Bréfritari: Einar Ásmundsson
Viðtakandi: Jón Borgfirðings Jónsson
Dagsetning: A-1859-02-18
Skrifað á: Nesi  S-Þing.

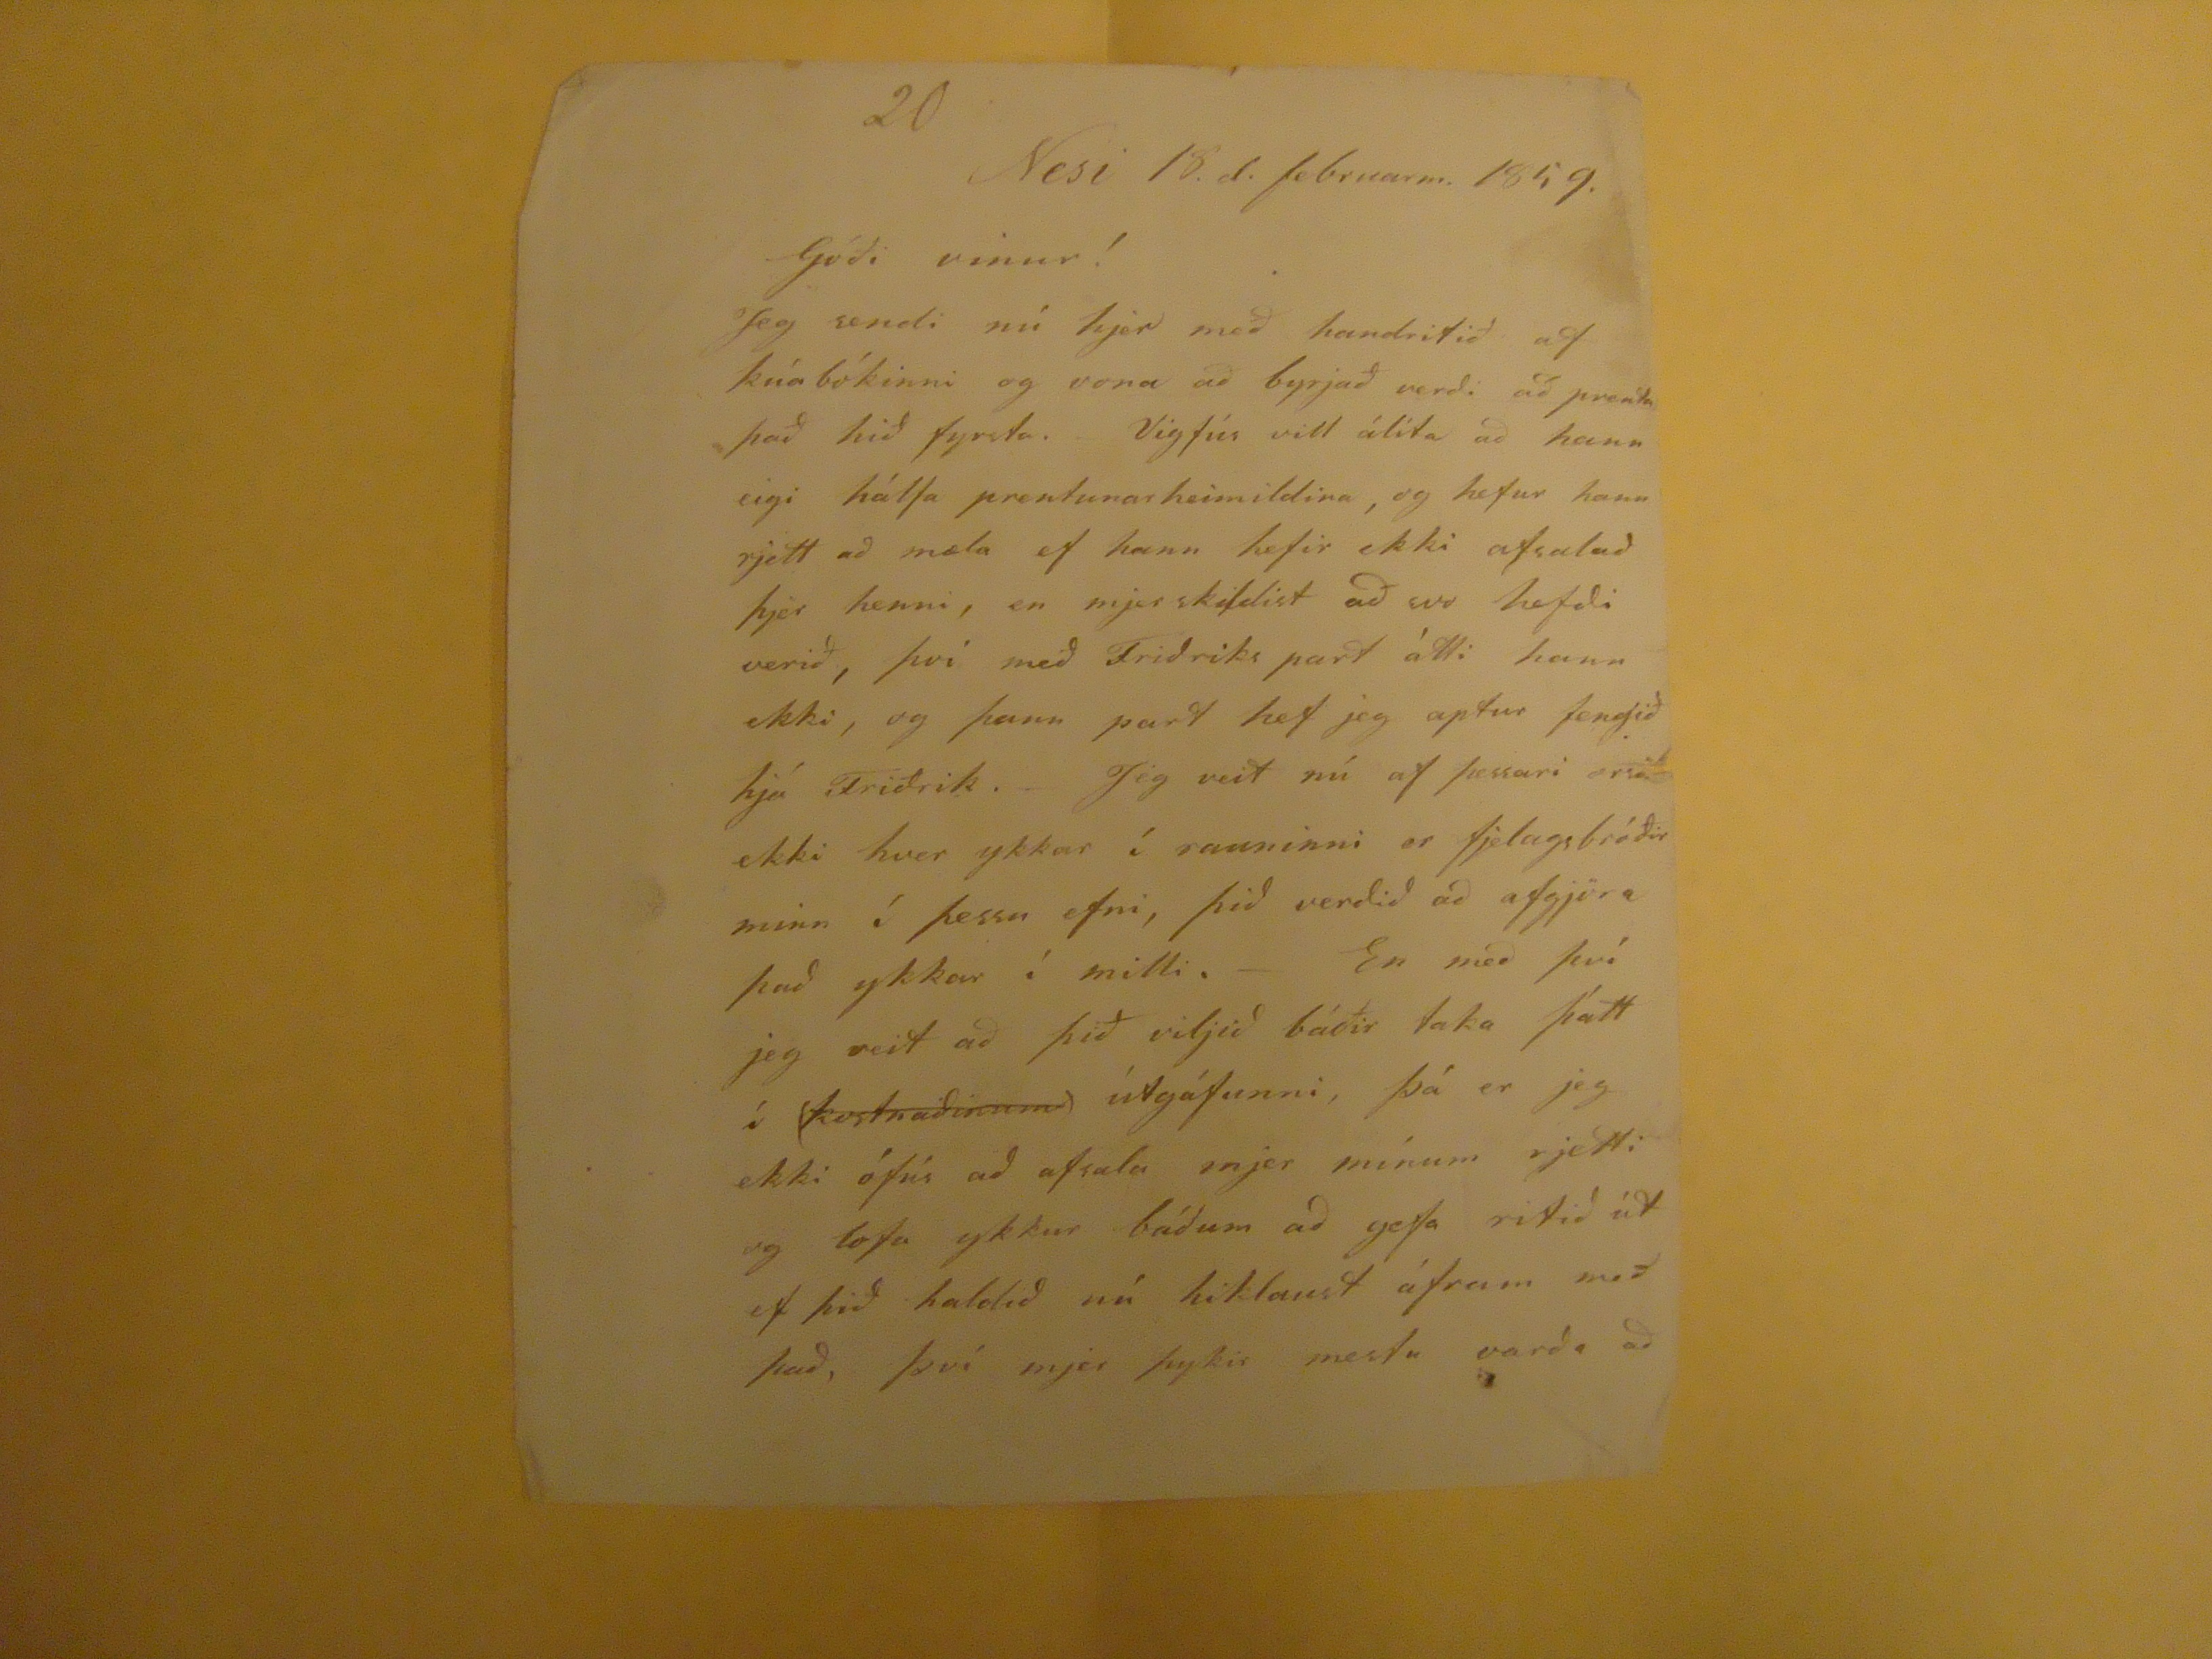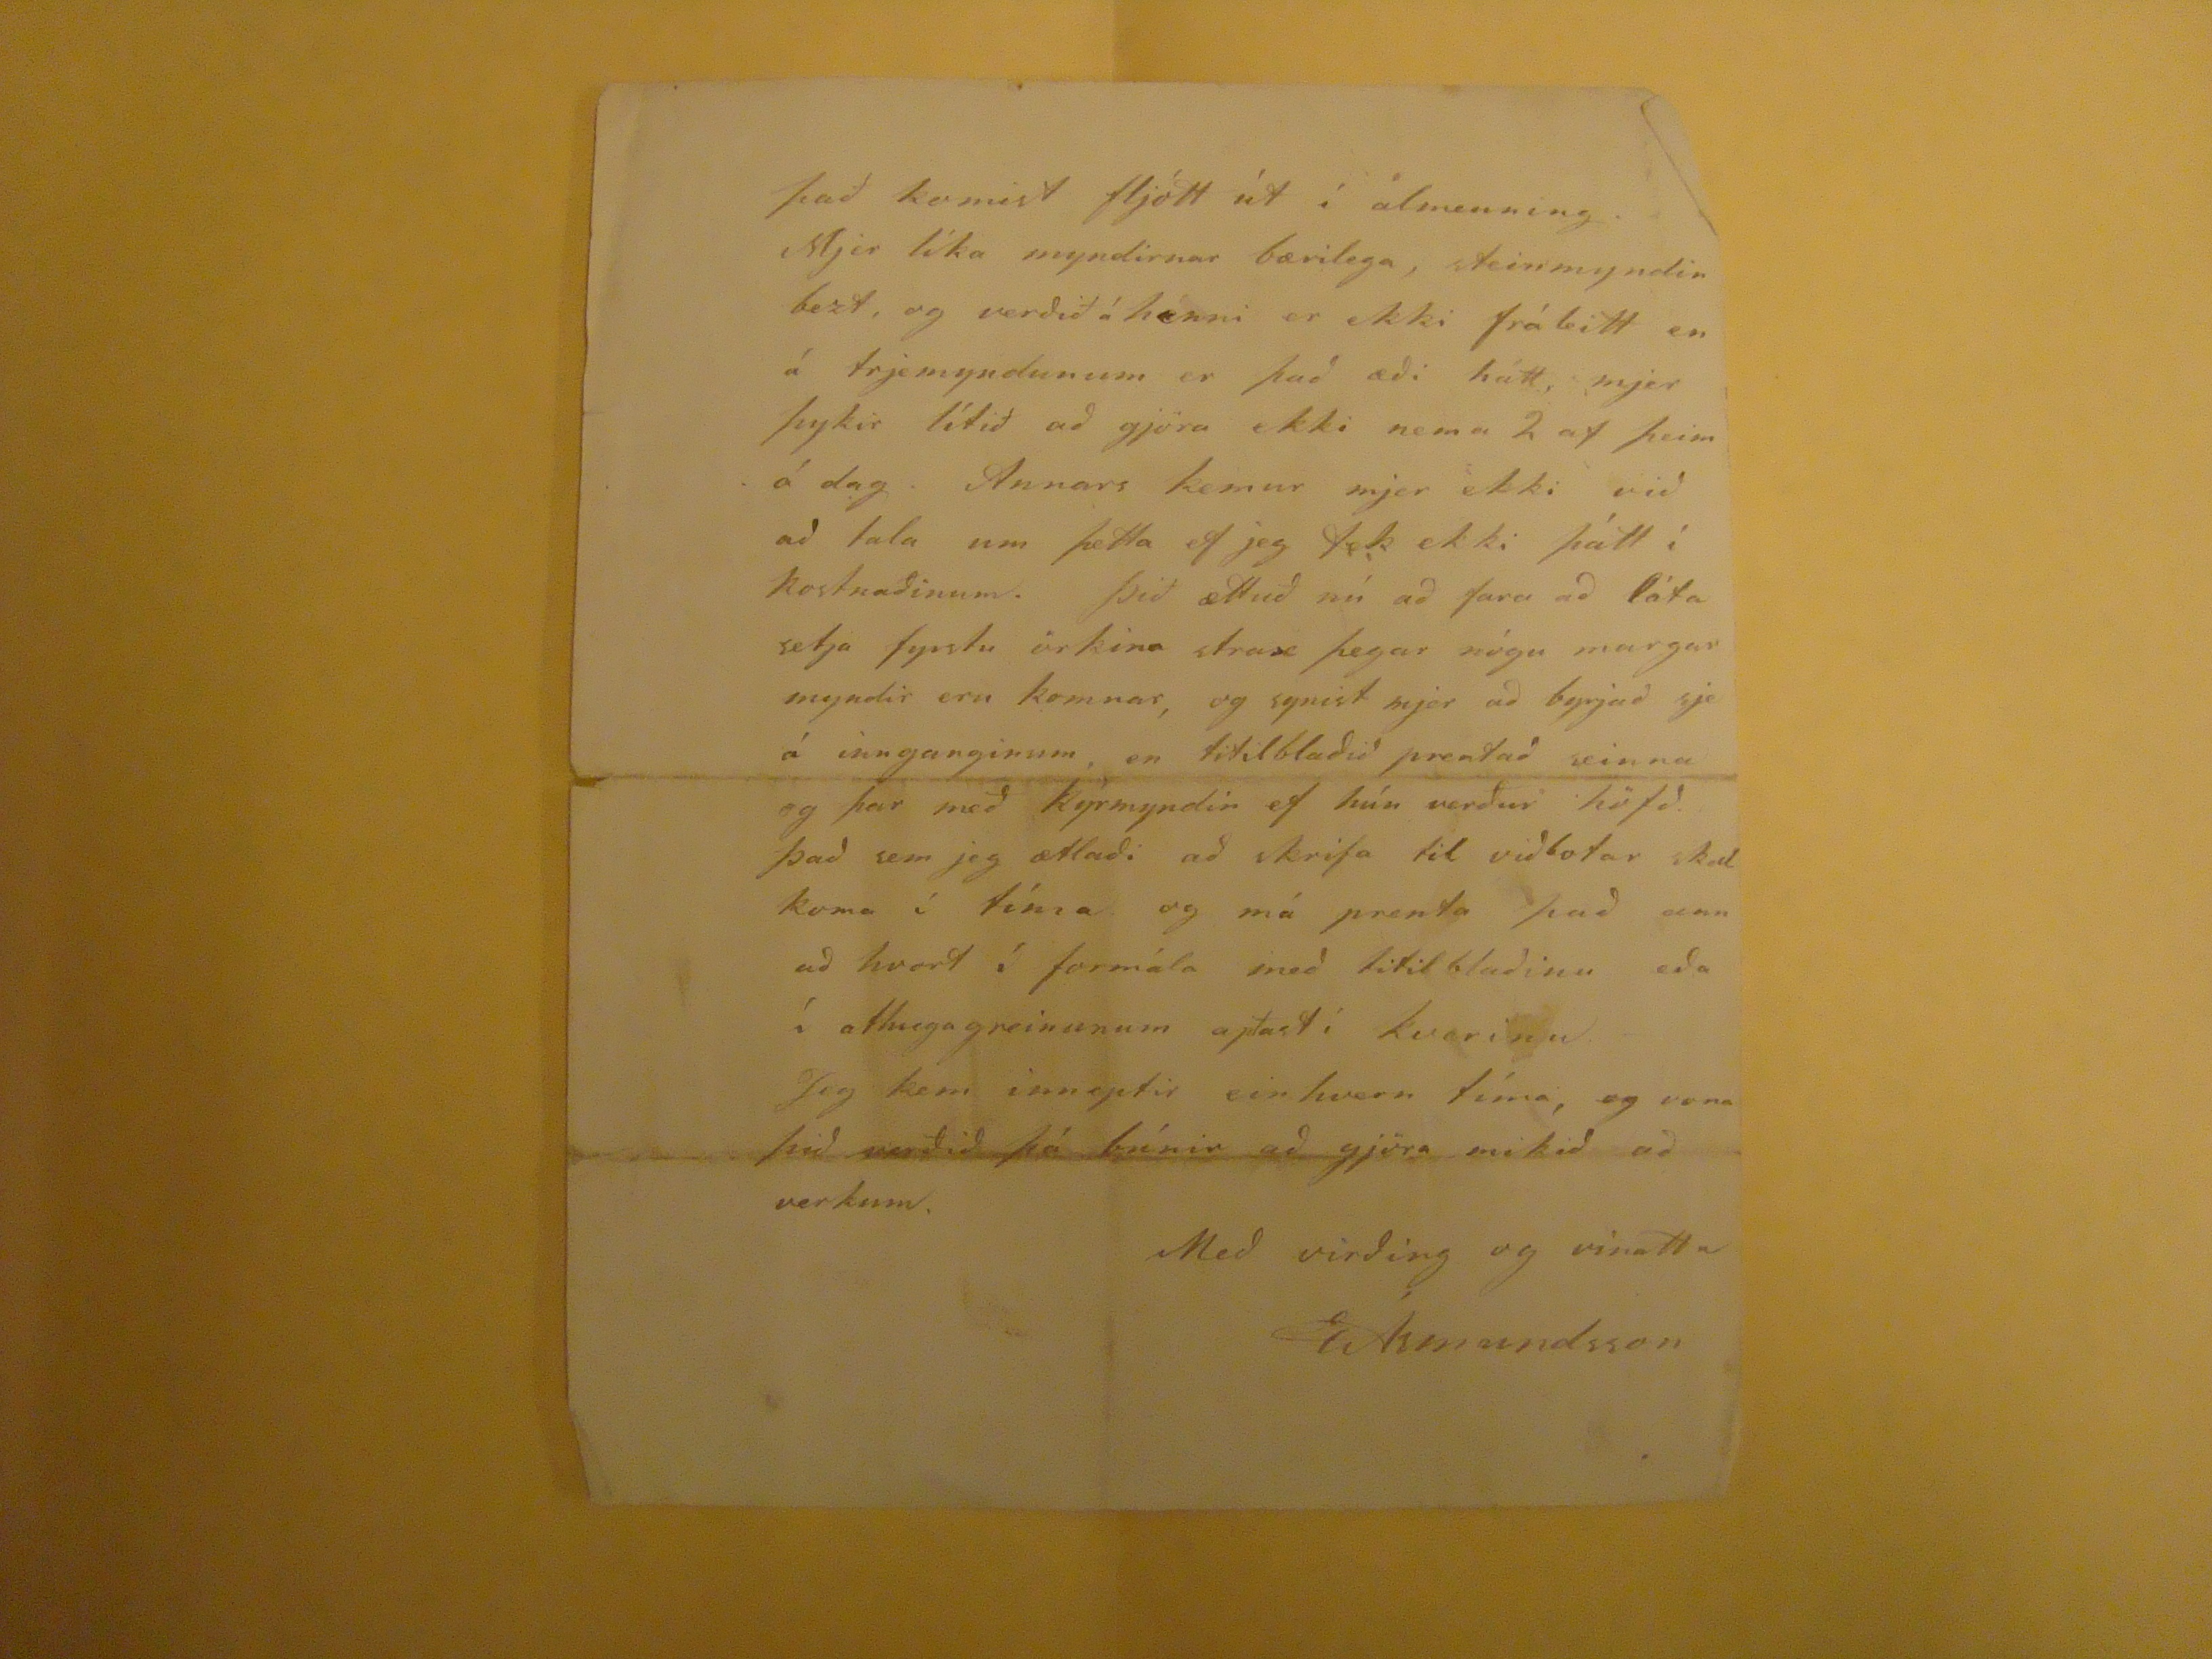

20
Nesi 18. d. februarm. 1859.
Góði vinur!
Jeg sendi nú hjer með handritið af kúabókinni og vona að byrjað verði að prenta það hið fyrsta. Vigfús vill álíta að hann eigi hálfa prentunarheimildina, og hefur hann rjett að mæla ef hann hefir ekki afsalað þjer henni, en mjer skildist að svo hefði verið, því með Friðriks part átti hann ekki, og þann part hef ejg aptur fengið hjá Friðrik. Jeg veit nú af þessari
orsök
ekki hver ykkar í rauninni er fjelagsbróðir minn í þessu efni, þið verðið að afgjöra það ykkar í milli.- En með því jeg veit að þið viljið báðir taka þátt í
(kostrnaðinum)
útgáfunni, þá er jeg ekki ófús að afsala mejr mínum rjetti og lofa ykkur báðum að gefa ritið út ef þið haldið nú hiklaust áfram með það, því mjer þykir mestu varða að
það komist fljótt út í almenning . Mjer líka myndirnar bærilega, steinmyndin bezt, og verðið á henni er ekki fráleitt en á trjemyndunum er það æði hátt, mjer þykir lítið að gjöra ekki nema 2 af þeim á dag. Annars kemur mjer ekki við að tala um þetta ef jeg tek ekki þátt í kostnaðinum. Þið ættuð nú að fara að láta setja fyrstu örkina strax þegar nógu margar myndir eru komnar, og synist mjer að byrjað sje á innganginum, en titilblaðið prentað seinna og þar með kýrmyndin ef hún verður höfð. Það sem jeg ætlaði að skrifa til viðbotar skal koma í tíma og má prenta það annað hvort í formála með titilblaðinu eða í athugagreinunum aptast í kverinu Jeg kem inneptir einhvern tíma, og vona þið verðið þá búnir að gjöra mikið að verkum.
Með virðing og vinattu
EÁsmundsson